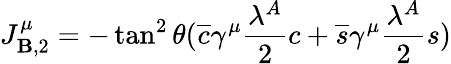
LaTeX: J_{\mathbf{B},2}^{\mu}=-\tan^{2}{\theta}(\overline{{{{c}}}}\gamma^{\mu}\frac{{\lambda^{A}}}{{2}}c+\overline{{{{s}}}}\gamma^{\mu}\frac{{\lambda^{A}}}{{2}}s)